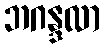
ဘဂန္ဒလာ